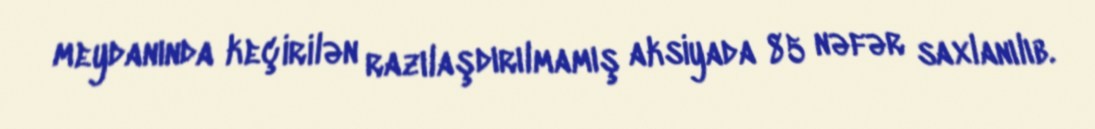
meydanında keçirilən razılaşdırılmamış aksiyada 85 nəfər saxlanılıb.